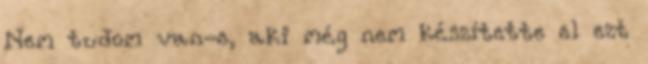
Nem tudom van-e, aki még nem készítette el ezt